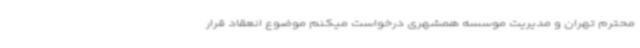
محترم تهران و مدیریت موسسه همشهری درخواست میکنم موضوع انعقاد قرار